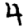
Digit: 4